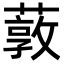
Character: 䔻